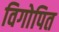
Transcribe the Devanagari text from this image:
विगोपित